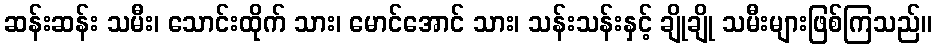
ဆန်းဆန်း သမီး၊ သောင်းထိုက် သား၊ မောင်အောင် သား၊ သန်းသန်းနှင့် ချိုချို သမီးများဖြစ်ကြသည်။